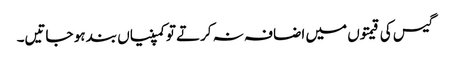
گیس کی قیمتوں میں اضافہ نہ کرتے تو کمپنیاں بند ہو جاتیں۔